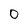
Character: 0